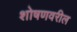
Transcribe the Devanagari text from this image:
शोषणवरील